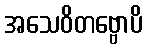
အသေဝိတဗ္ဗောပိ